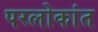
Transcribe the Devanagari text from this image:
परलोकांत